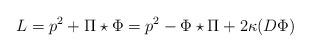
LaTeX: \begin{align*}L = p^{2} + \Pi\star \Phi = p^{2} - \Phi\star \Pi + 2\kappa (D\Phi)\end{align*}